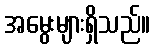
အမွေးများရှိသည်။